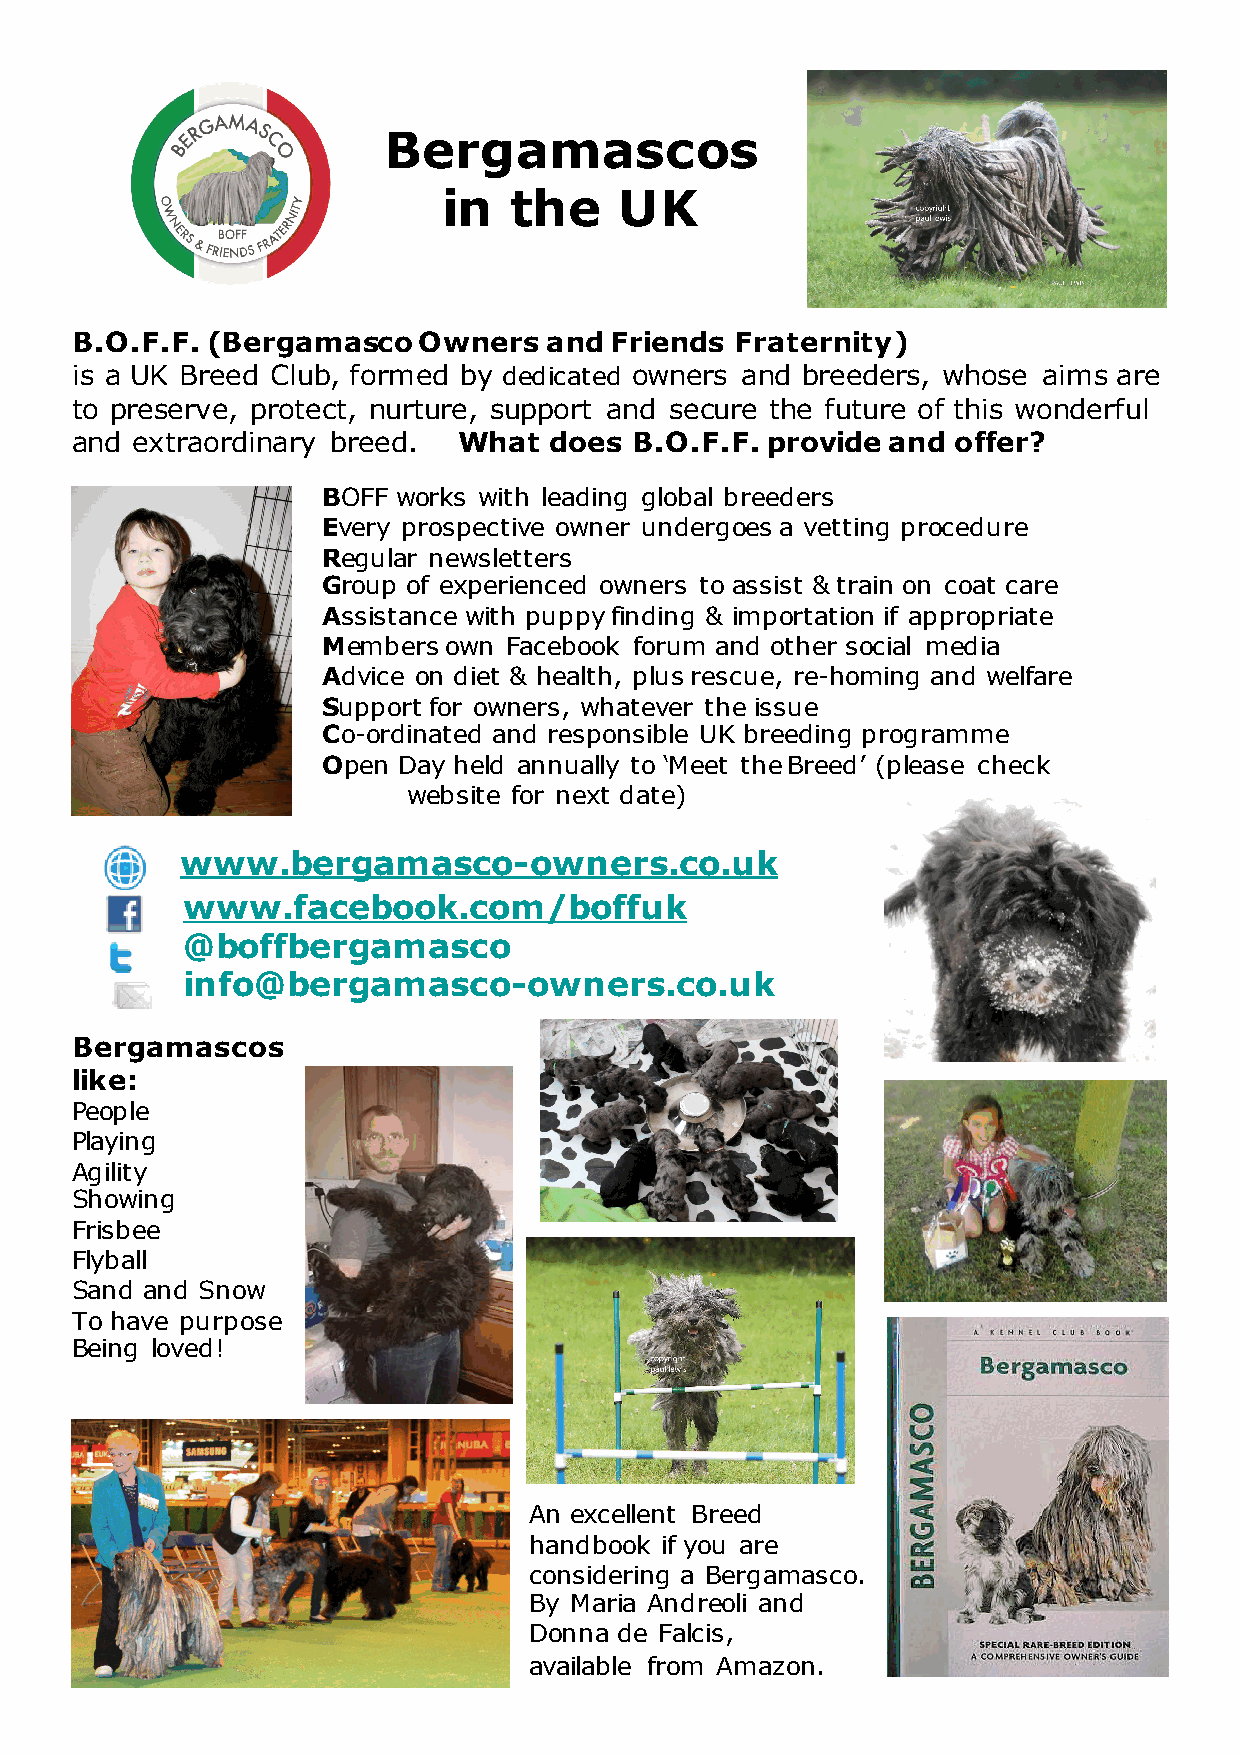
Bergamascos
 in   the    UK
 B.O.F.F. (Bergamasco   Owners  and Friends  Fraternity)
 is a UK Breed Club, formed by dedicated owners and breeders, whose aims are
 to preserve, protect, nurture, support and secure the future of this wonderful
 and extraordinary breed. What  does  B.O.F.F. provide and offer?
 BOFF works with leading global breeders
 Every prospective owner undergoes a vetting procedure
 Regular newsletters
 Group of experienced owners to assist & train on coat care
 Assistance with puppy finding & importation if appropriate
 Members  own Facebook forum and other social media
 Advice on diet & health, plus rescue, re-homing and welfare
 Support for owners, whatever the issue
 Co-ordinated and responsible UK breeding programme
 Open Day held annually to ‘Meet the Breed’ (please check
 website for next date)
 www.bergamasco-owners.co.uk
 www.facebook.com/boffuk
 @boffbergamasco
 info@bergamasco-owners.co.uk
 Bergamascos
 like:
 People
 Playing
 Agility
 Showing
 Frisbee
 Flyball
 Sand and Snow
 To have purpose
 Being loved!
 An excellent Breed
 handbook if you are
 considering a Bergamasco.
 By Maria Andreoli and
 Donna de Falcis,
 available from Amazon.